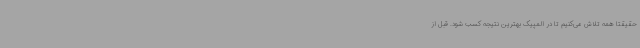
حقیقتا همه تلاش می‌کنیم تا در المپیک بهترین نتیجه کسب شود. قبل از